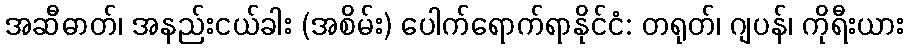
အဆီဓာတ်၊ အနည်းငယ်ခါး (အစိမ်း) ပေါက်ရောက်ရာနိုင်ငံ: တရုတ်၊ ဂျပန်၊ ကိုရီးယား